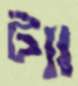
ট্যা